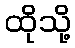
ထိုသို့